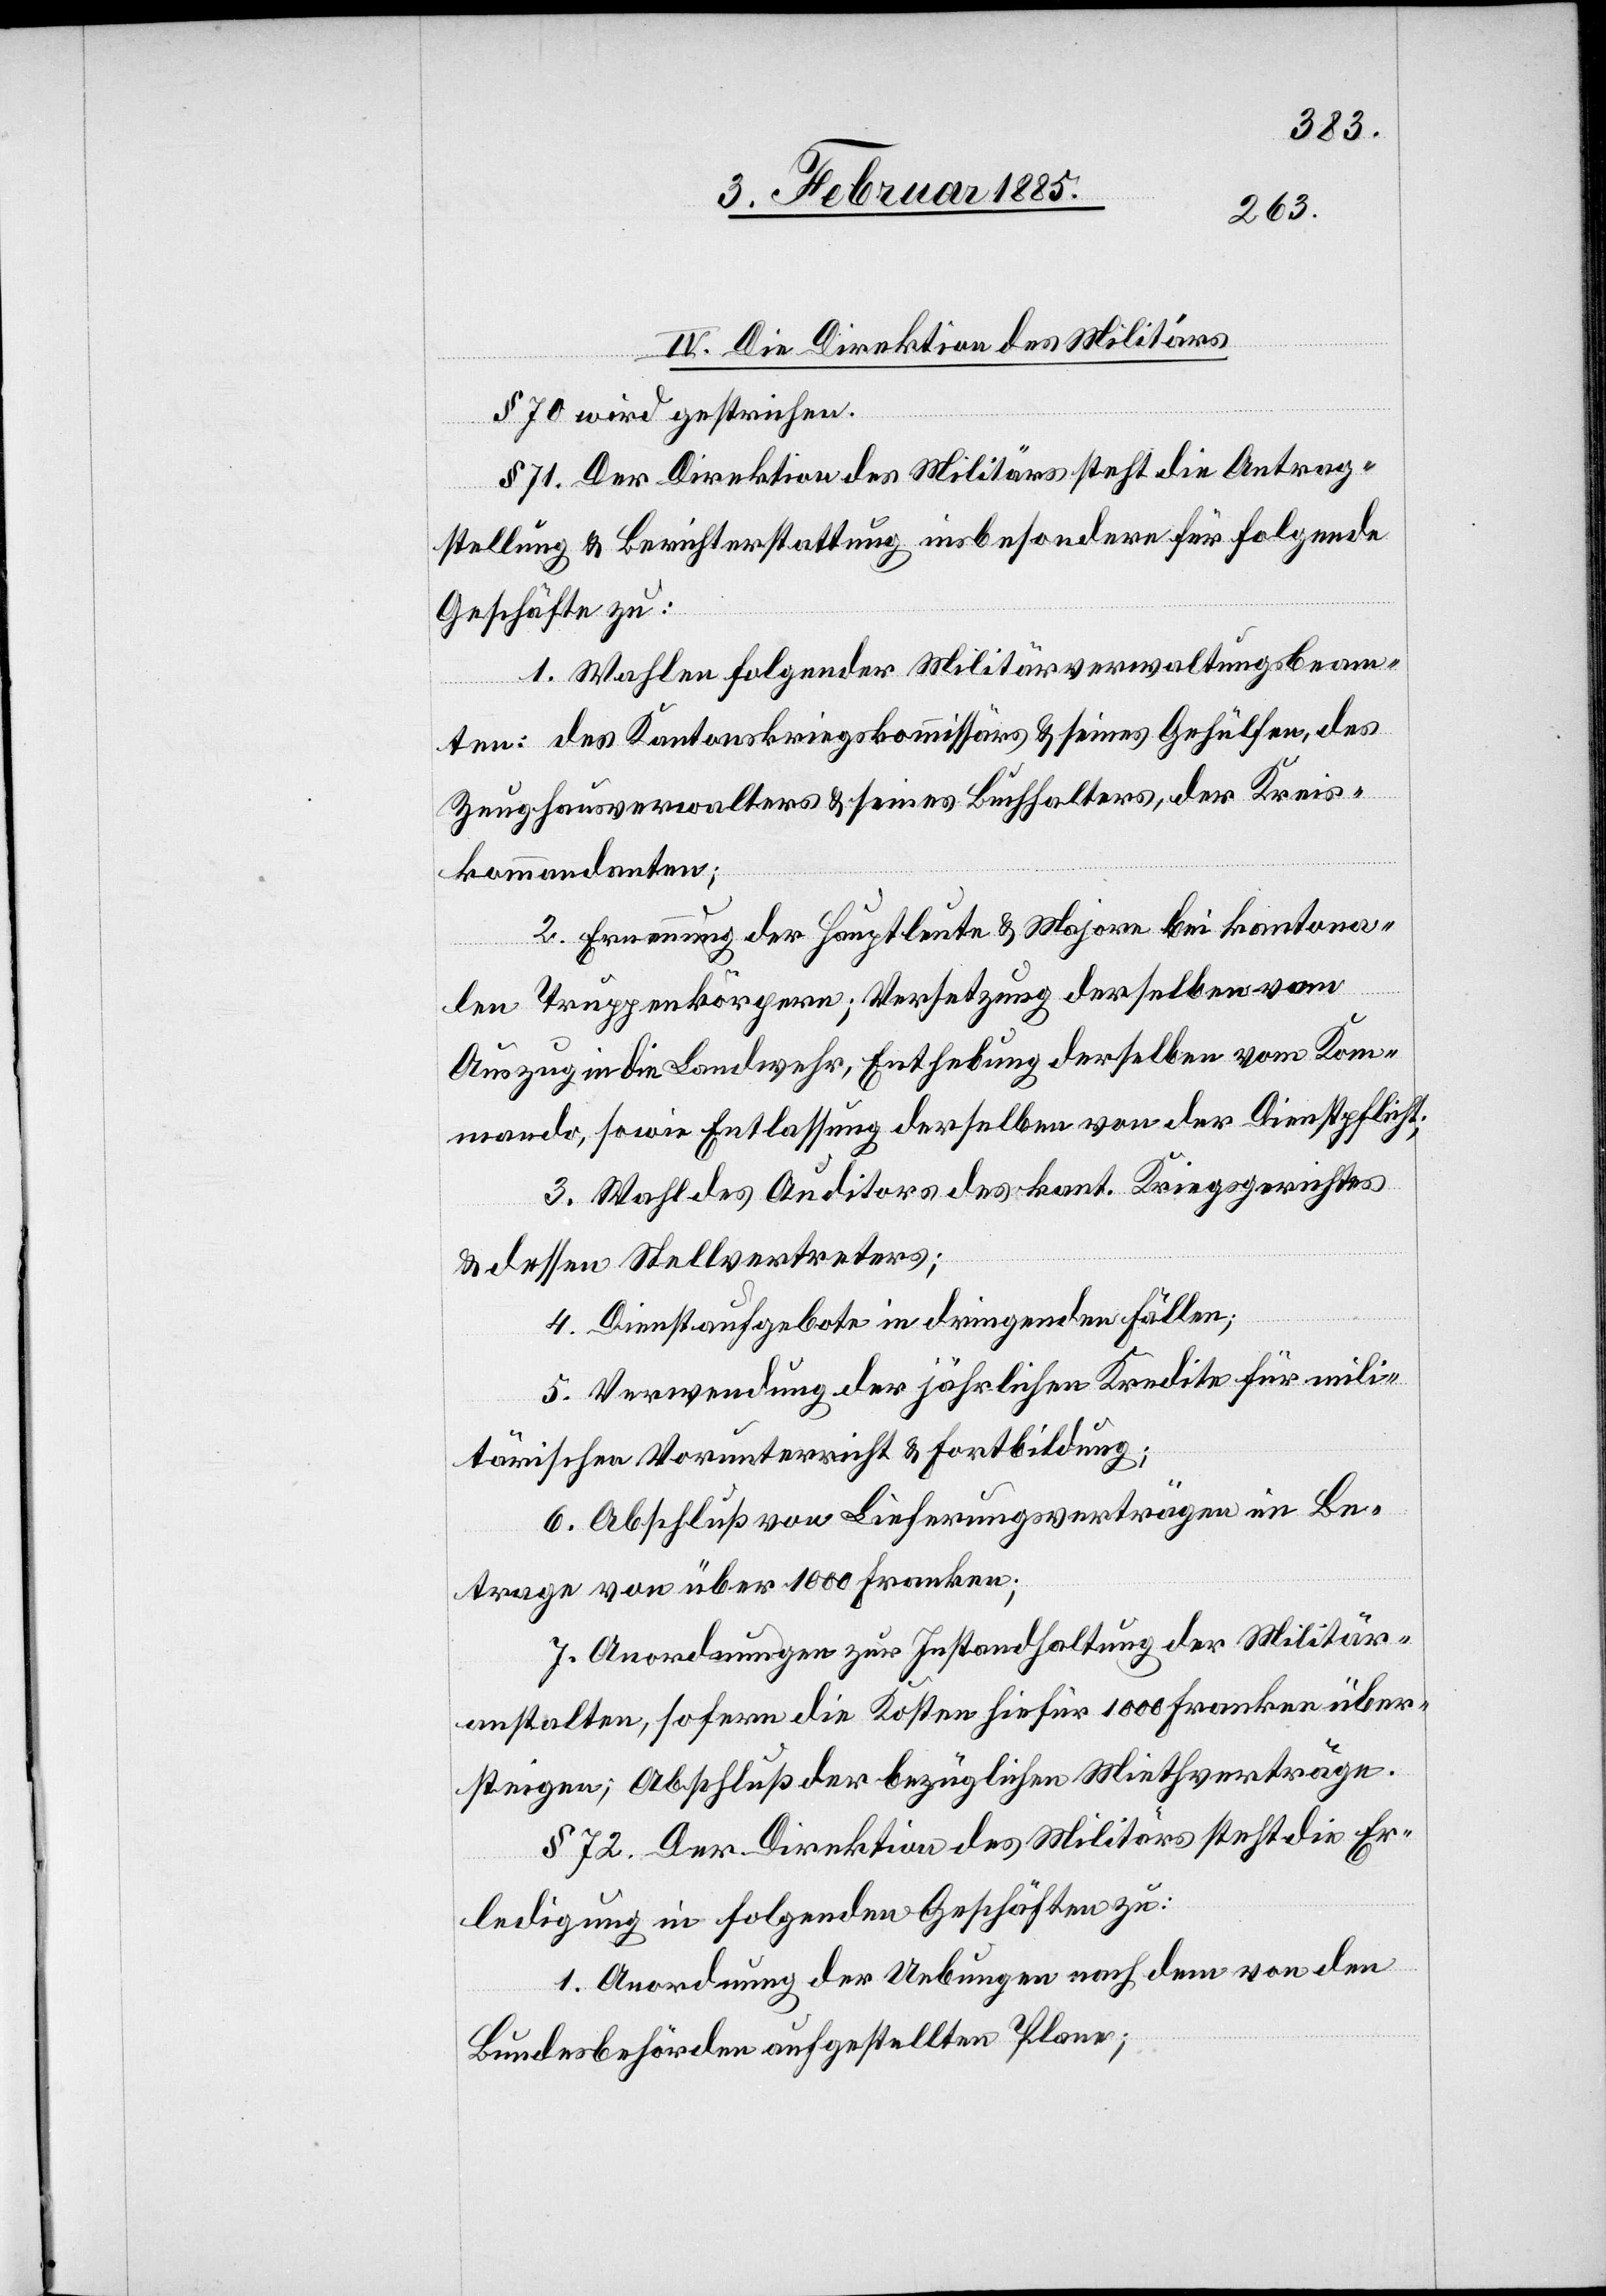
IV. Die Direktion des Militärs
§ 70 wird gestrichen.
§ 71. Der Direktion des Militärs steht die Antrag¬
stellung & Berichterstattung insbesondere für folgende
Geschäfte zu:
1. Wahlen folgender Militärverwaltungsbeam¬
ten: des Kantonskriegskommissärs & seines Gehülfen, des
Zeughausverwalters & seines Buchhalters, der Kreis¬
kommandanten;
2. Ernennung der Hauptleute & Majore bei kantona¬
len Truppenkörpern; Versetzung derselben vom
Auszug in die Landwehr, Enthebung derselben vom Kom¬
mando, sowie Entlassung derselben von der Dienstpflicht;
3. Wahl des Auditors des kant. Kriegsgerichtes
& dessen Stellvertreters;
4. Dienstaufgebote in dringenden Fällen;
5. Verwendung der jährlichen Kredite für mili¬
tärischen Vorunterricht & Fortbildung;
6. Abschluß von Lieferungsverträgen im Be¬
trage von über 1000 Franken;
7. Anordnungen zur Instandhaltung der Militär¬
anstalten, sofern die Kosten hiefür 1000 Franken über¬
steigen; Abschluß der bezüglichen Miethverträge.
§ 72. Der Direktion des Militärs steht die Er¬
ledigung in folgenden Geschäften zu:
1. Anordnung der Uebungen nach dem von den
Bundesbehörden aufgestellten Plan;